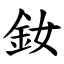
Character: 釹